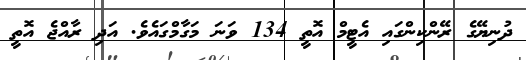
ދުނިޔޭގެ ރޭންކިންގައި އެޓީމް އޮތީ 134 ވަނަ މަގާމްގައެވެ. އަދި ރާއްޖެ އޮތީ